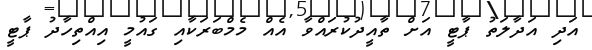
އަދި އަދާލަތު ޕާޓީ އަށް ތާއީދުކުރައްވާ އެއް މެމްބަރަކާއި ގައުމީ އިއްތިހާދު ޕާޓީ